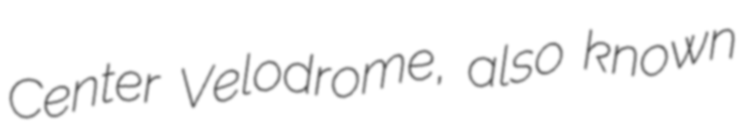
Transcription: Center Velodrome, also known